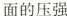
面的压强